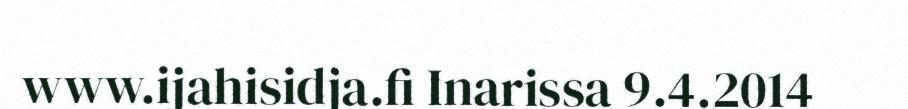
www.ijahisidja.fi Inarissa 9.4.2014